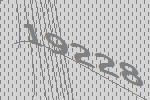
19228